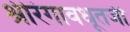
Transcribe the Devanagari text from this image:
श्रीरंगावधूतजी